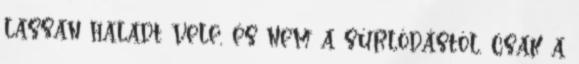
lassan haladt vele, és nem a súrlódástól, csak a